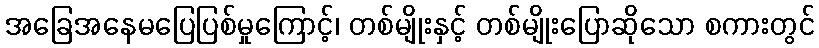
အခြေအနေမပြေပြစ်မှုကြောင့်၊ တစ်မျိုးနှင့် တစ်မျိုးပြောဆိုသော စကားတွင်